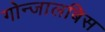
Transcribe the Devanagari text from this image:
गोन्जालबिस